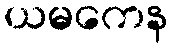
ယမကေန